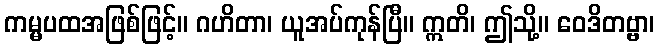
ကမ္မပထအဖြစ်ဖြင့်။ ဂဟိတာ၊ ယူအပ်ကုန်ပြီ။ ဣတိ၊ ဤသို့။ ဝေဒိတဗ္ဗာ၊